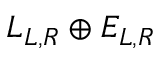
L _ { L , R } \oplus E _ { L , R }